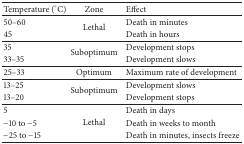
<table><thead><tr><td><b>Temperature (°C)</b></td><td><b>Zone</b></td><td><b>Effect</b></td></tr></thead><tbody><tr><td>50–60</td><td rowspan="2">Lethal</td><td>Death in minutes</td></tr><tr><td>45</td><td>Death in hours</td></tr><tr><td>35</td><td rowspan="2">Suboptimum</td><td>Development stops</td></tr><tr><td>33–35</td><td>Development slows</td></tr><tr><td>25–33</td><td>Optimum</td><td>Maximum rate of development</td></tr><tr><td>13–25</td><td rowspan="2">Suboptimum</td><td>Development slows</td></tr><tr><td>13–20</td><td>Development stops</td></tr><tr><td>5</td><td rowspan="3">Lethal</td><td>Death in days</td></tr><tr><td>−10 to −5</td><td>Death in weeks to month</td></tr><tr><td>−25 to −15</td><td>Death in minutes, insects freeze</td></tr></tbody></table>